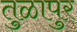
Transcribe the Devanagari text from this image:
तुळापुर